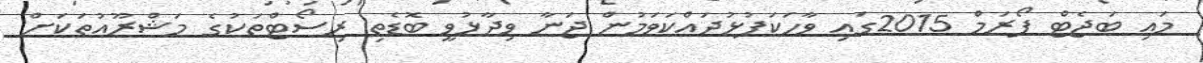
މައި ބަޖެޓް ފޯރަމް 2015ގައި ވާހަކަފުޅުދައްކަވަމުން ޖަނާ ވިދާޅުވީ ބޮޑެތި ރިސޯޓްތަކުގެ މަޝްރޫއުތަކަށް